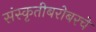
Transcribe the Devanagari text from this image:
संस्कृतीबरोबरचे